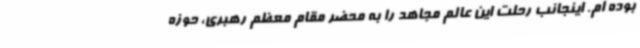
بوده ام. اینجانب رحلت این عالم مجاهد را به محضر مقام معظم رهبری، حوزه